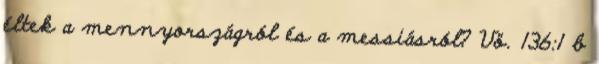
éltek a mennyországról és a messiásról? Vö. 136:1 b